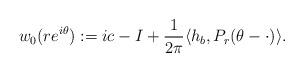
LaTeX: \begin{align*}w_0(re^{i\theta}) := ic - I + \frac{1}{2\pi } \langle h_b, P_r(\theta - \cdot)\rangle . \end{align*}